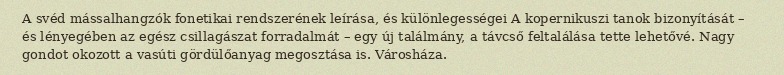
A svéd mássalhangzók fonetikai rendszerének leírása, és különlegességei A kopernikuszi tanok bizonyítását – és lényegében az egész csillagászat forradalmát – egy új találmány, a távcső feltalálása tette lehetővé. Nagy gondot okozott a vasúti gördülőanyag megosztása is. Városháza.